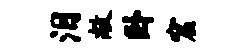
泪敞卧窟